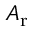
A _ { \mathrm { r } }